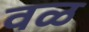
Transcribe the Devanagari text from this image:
वळ